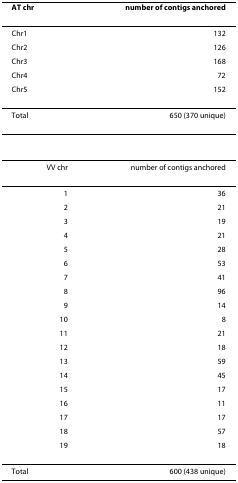
| AT chr | number of contigs anchored |
 | --- | --- |
 | Chr1 | 132 |
 | Chr2 | 126 |
 | Chr3 | 168 |
 | Chr4 | 72 |
 | Chr5 | 152 |
 | Total | 650 (370 unique) |
 | VV chr | number of contigs anchored |
 | 1 | 36 |
 | 2 | 21 |
 | 3 | 19 |
 | 4 | 21 |
 | 5 | 28 |
 | 6 | 53 |
 | 7 | 41 |
 | 8 | 96 |
 | 9 | 14 |
 | 10 | 8 |
 | 11 | 21 |
 | 12 | 18 |
 | 13 | 59 |
 | 14 | 45 |
 | 15 | 17 |
 | 16 | 11 |
 | 17 | 17 |
 | 18 | 57 |
 | 19 | 18 |
 | Total | 600 (438 unique) |